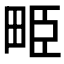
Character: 𤱥